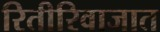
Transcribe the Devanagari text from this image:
रितीरिवाजात